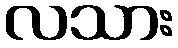
လသား